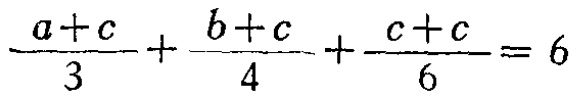
\(\frac{a + c}{3}+\frac{b + c}{4}+\frac{c + c}{6}=6\)